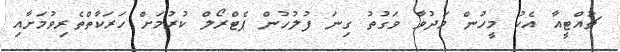
ޗުއްޓީއާ އެކު މީހުން މަދުވާ ވަގުތު ގިނަ ފުލުހުން ޕެޓްރޯލް ކުރުމަށް ހަރަކާތްތެރިވުމަށާއި